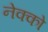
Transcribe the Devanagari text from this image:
नेक्को